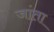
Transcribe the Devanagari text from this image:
जांता